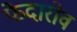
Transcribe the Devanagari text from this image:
फेदारोव